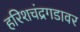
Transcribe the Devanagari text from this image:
हरिशचंद्रगडावर